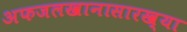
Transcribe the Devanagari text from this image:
अफजलखानासारख्या